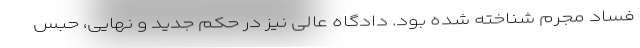
فساد مجرم شناخته شده بود. دادگاه عالی نیز در حکم جدید و نهایی، حبس